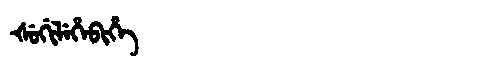
Manchu: ᡧᡠᡤᡳᠯᡝᡥᡝᠪᡳᡥᡝ
Romanization: ŠUGILEHEBIHE